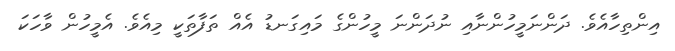
އިންތިހާއެވެ. ދަންނަމީހުންނާއި ނުދަންނަ މީހުންގެ މައިގަނޑު އެއް ތަފާތަކީ މިއެވެ. އެމީހުން ވާހަކަ